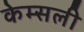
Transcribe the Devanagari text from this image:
केम्सली